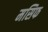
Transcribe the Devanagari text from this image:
मसिफ